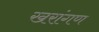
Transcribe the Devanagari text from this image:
खरांगण